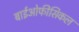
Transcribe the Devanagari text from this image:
बाईओफीसिकल